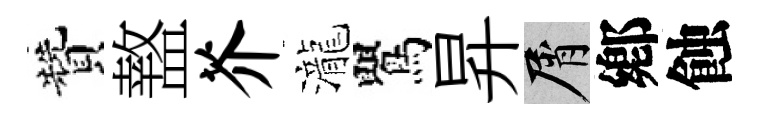
贊盩芥瀧鸎昇屑鄕蝕